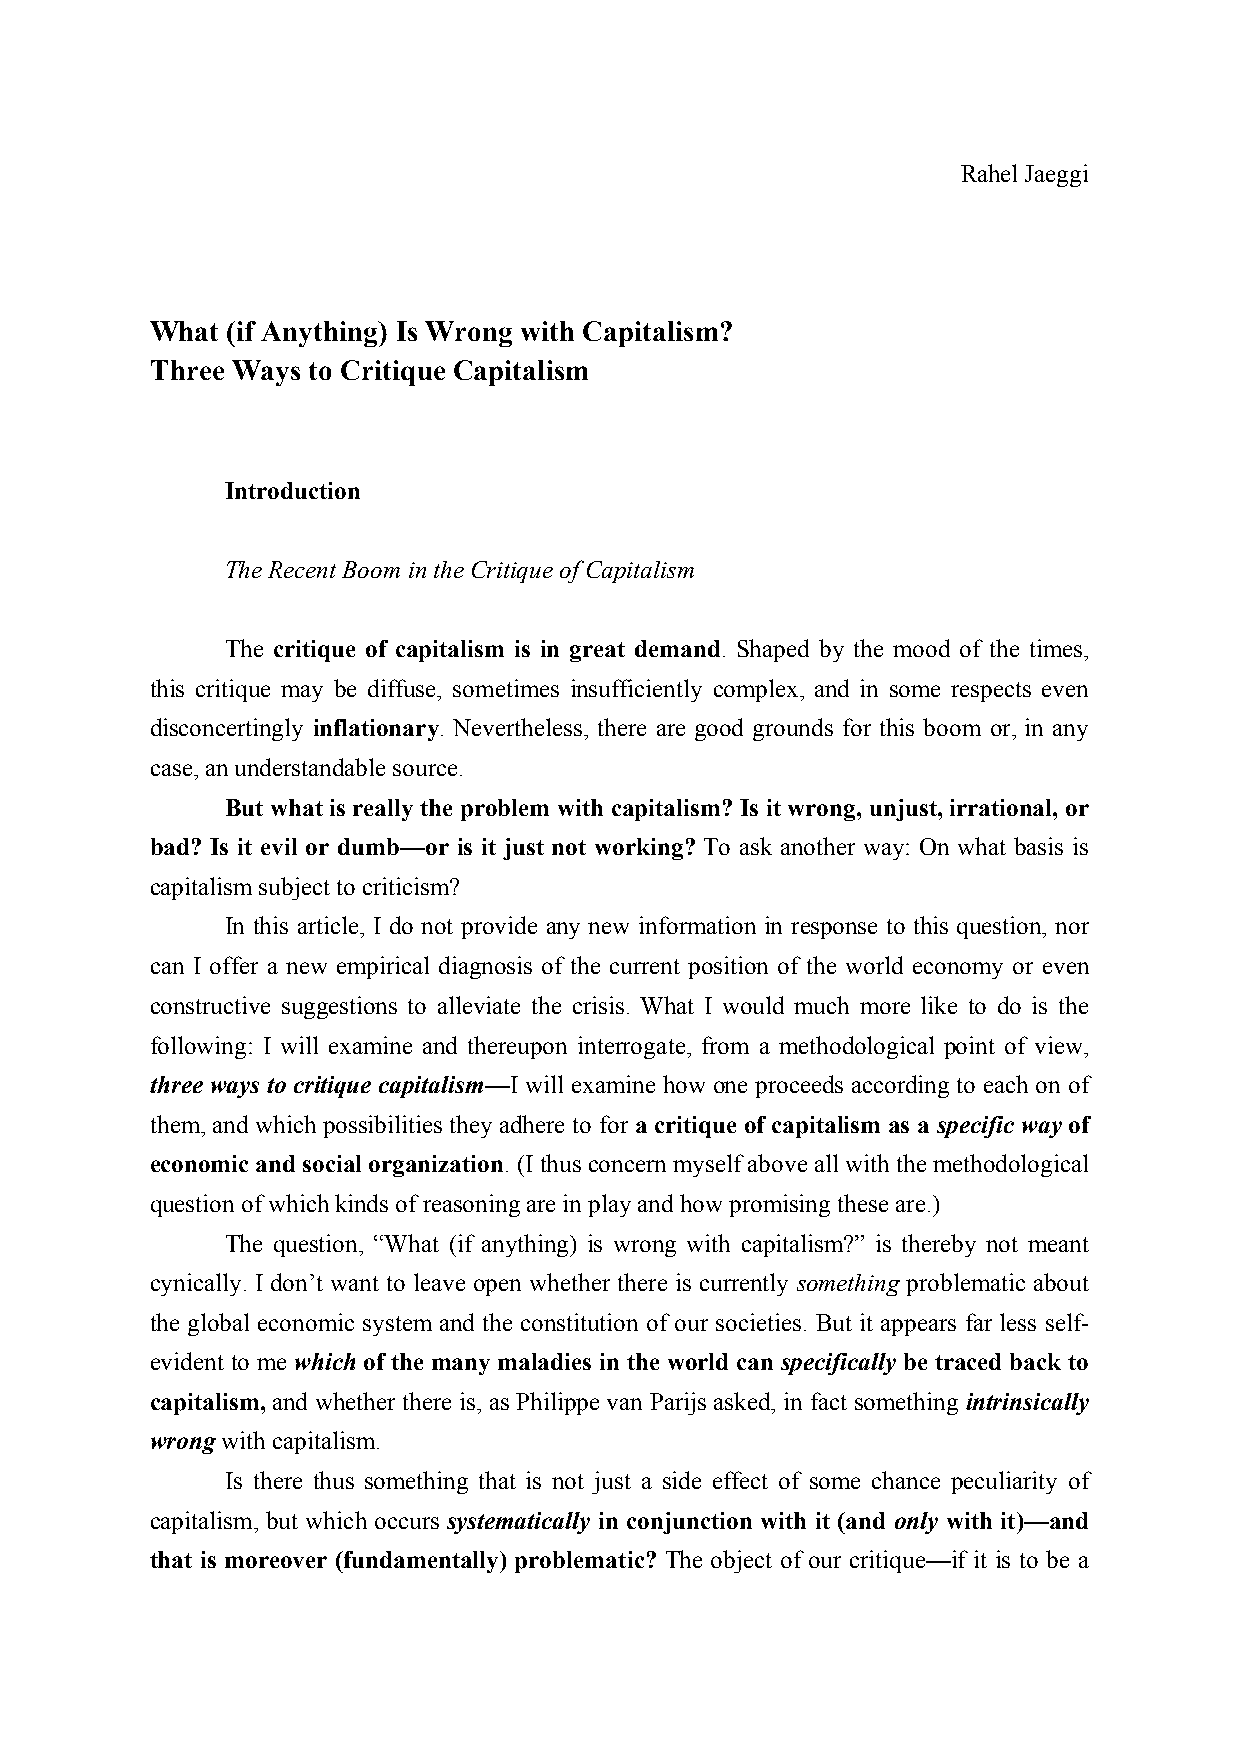
Rahel Jaeggi
 What (if Anything) Is Wrong with Capitalism?
 Three Ways to Critique Capitalism
 Introduction
 The Recent Boom in the Critique of Capitalism
 The critique of capitalism is in great demand. Shaped by the mood of the times,
 this critique may be diffuse, sometimes insufficiently complex, and in some respects even
 disconcertingly inflationary. Nevertheless, there are good grounds for this boom or, in any
 case, an understandable source.
 But what is really the problem with capitalism? Is it wrong, unjust, irrational, or
 bad? Is it evil or dumb—or is it just not working? To ask another way: On what basis is
 capitalism subject to criticism?
 In this article, I do not provide any new information in response to this question, nor
 can I offer a new empirical diagnosis of the current position of the world economy or even
 constructive suggestions to alleviate the crisis. What I would much more like to do is the
 following: I will examine and thereupon interrogate, from a methodological point of view,
 three ways to critique capitalism—I will examine how one proceeds according to each on of
 them, and which possibilities they adhere to for a critique of capitalism as a specific way of
 economic and social organization. (I thus concern myself above all with the methodological
 question of which kinds of reasoning are in play and how promising these are.)
 The question, “What (if anything) is wrong with capitalism?” is thereby not meant
 cynically. I don’t want to leave open whether there is currently something problematic about
 the global economic system and the constitution of our societies. But it appears far less self-
 evident to me which of the many maladies in the world can specifically be traced back to
 capitalism, and whether there is, as Philippe van Parijs asked, in fact something intrinsically
 wrong with capitalism.
 Is there thus something that is not just a side effect of some chance peculiarity of
 capitalism, but which occurs systematically in conjunction with it (and only with it)—and
 that is moreover (fundamentally) problematic? The object of our critique—if it is to be a